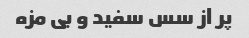
پر از سس سفید و بی مزه